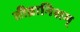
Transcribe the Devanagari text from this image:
तीव्रानिशम्‌